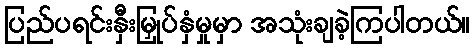
ပြည်ပရင်းနှီးမြှုပ်နှံမှုမှာ အသုံးချခဲ့ကြပါတယ်။